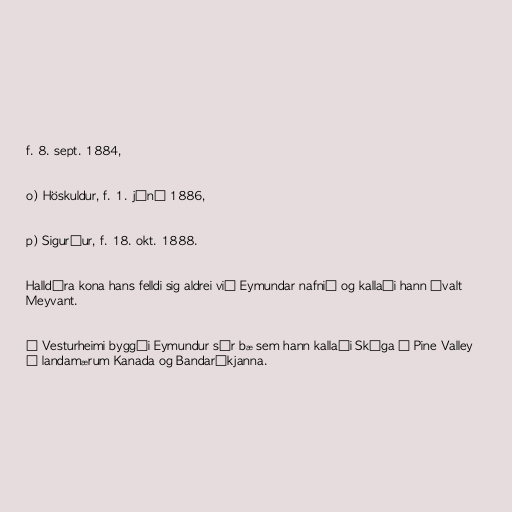
f. 8. sept. 1884,

o) Höskuldur, f. 1. júní 1886,

p) Sigurður, f. 18. okt. 1888.

Halldóra kona hans felldi sig aldrei við Eymundar nafnið og kallaði hann ávalt
Meyvant.

Í Vesturheimi byggði Eymundur sér bæ sem hann kallaði Skóga í Pine Valley
á landamærum Kanada og Bandaríkjanna.